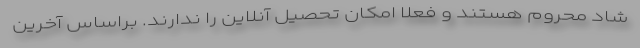
شاد محروم هستند و فعلا امکان تحصیل آنلاین را ندارند. براساس آخرین